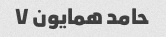
حامد همایون ۷